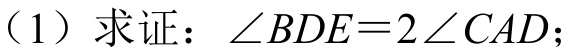
（1）求证：$\angle BDE = 2\angle CAD$；